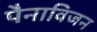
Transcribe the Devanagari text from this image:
पैनाविजन